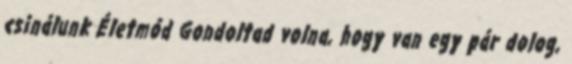
csinálunk Életmód Gondoltad volna, hogy van egy pár dolog,